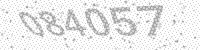
Solution: 084057